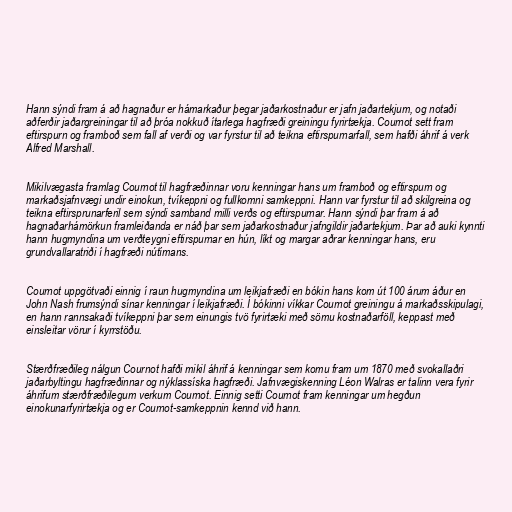
Hann sýndi fram á að hagnaður er hámarkaður þegar jaðarkostnaður er jafn jaðartekjum, og notaði
aðferðir jaðargreiningar til að þróa nokkuð ítarlega hagfræði greiningu fyrirtækja. Cournot sett fram
eftirspurn og framboð sem fall af verði og var fyrstur til að teikna eftirspurnarfall, sem hafði áhrif á verk
Alfred Marshall.

Mikilvægasta framlag Cournot til hagfræðinnar voru kenningar hans um framboð og eftirspurn og
markaðsjafnvægi undir einokun, tvíkeppni og fullkomni samkeppni. Hann var fyrstur til að skilgreina og
teikna eftirsprunarferil sem sýndi samband milli verðs og eftirspurnar. Hann sýndi þar fram á að
hagnaðarhámörkun framleiðanda er náð þar sem jaðarkostnaður jafngildir jaðartekjum. Þar að auki kynnti
hann hugmyndina um verðteygni eftirspurnar en hún, líkt og margar aðrar kenningar hans, eru
grundvallaratriði í hagfræði nútímans.

Cournot uppgötvaði einnig í raun hugmyndina um leikjafræði en bókin hans kom út 100 árum áður en
John Nash frumsýndi sínar kenningar í leikjafræði. Í bókinni víkkar Cournot greiningu á markaðsskipulagi,
en hann rannsakaði tvíkeppni þar sem einungis tvö fyrirtæki með sömu kostnaðarföll, keppast með
einsleitar vörur í kyrrstöðu.

Stærðfræðileg nálgun Cournot hafði mikil áhrif á kenningar sem komu fram um 1870 með svokallaðri
jaðarbyltingu hagfræðinnar og nýklassíska hagfræði. Jafnvægiskenning Léon Walras er talinn vera fyrir
áhrifum stærðfræðilegum verkum Cournot. Einnig setti Cournot fram kenningar um hegðun
einokunarfyrirtækja og er Cournot-samkeppnin kennd við hann.